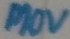
Text: MOV